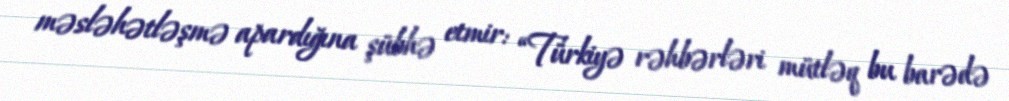
məsləhətləşmə apardığına şübhə etmir: “Türkiyə rəhbərləri mütləq bu barədə